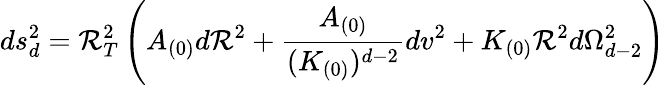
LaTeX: ds_{d}^{2}=\mathcal{R}_{T}^{2}\left(A_{(0)}d\mathcal{R}^{2}+\frac{{A_{(0)}}}{{(K_{(0)})^{d-2}}}dv^{2}+K_{(0)}\mathcal{R}^{2}d\Omega_{d-2}^{2}\right)